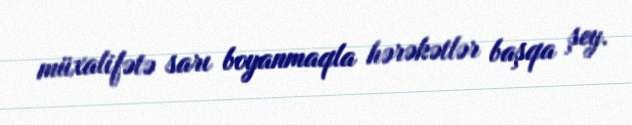
müxalifətə sarı boyanmaqla hərəkətlər başqa şey.